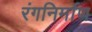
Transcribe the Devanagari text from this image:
रंगनिर्माण